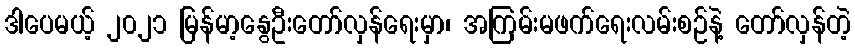
ဒါပေမယ့် ၂၀၂၁ မြန်မာ့နွေဦးတော်လှန်ရေးမှာ၊ အကြမ်းမဖက်ရေးလမ်းစဉ်နဲ့ တော်လှန်တဲ့